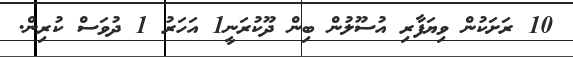
10 ރަށަކުން ވިޔަފާރި އުސޫލުން ބިން ދޫކުރަނީ1 އަހަރު 1 ދުވަސް ކުރިން.